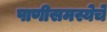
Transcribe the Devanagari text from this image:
पाणीसमस्येचे